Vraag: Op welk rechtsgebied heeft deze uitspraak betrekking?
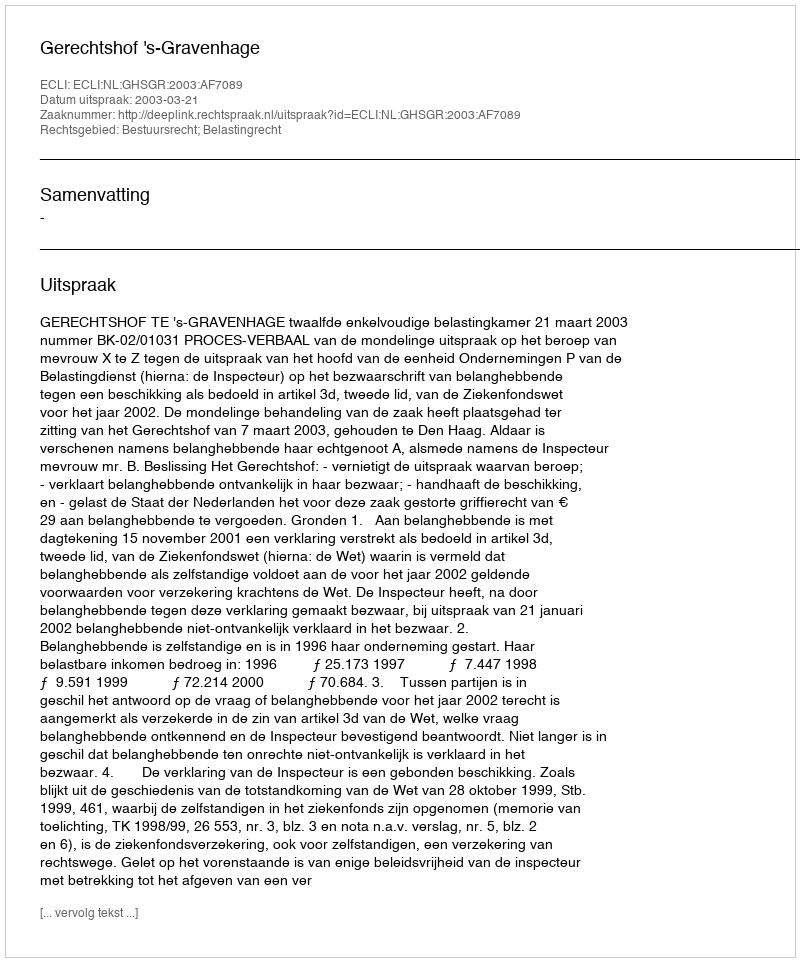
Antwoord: Bestuursrecht; Belastingrecht